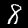
Label: 8